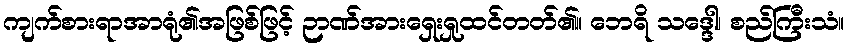
ကျက်စားရာအာရုံ၏အဖြစ်ဖြင့် ဉာဏ်အားရှေးရှုထင်တတ်၏။ ဘေရိ သဒ္ဒေါ၊ စည်ကြီးသံ။